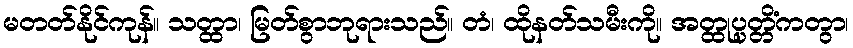
မတတ်နိုင်ကုန်။ သတ္ထာ၊ မြတ်စွာဘုရားသည်။ တံ၊ ထိုနတ်သမီးကို။ အတ္ထုပ္ပတ္တိံကတွာ၊